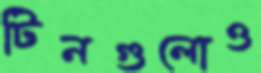
টিনগুলোও